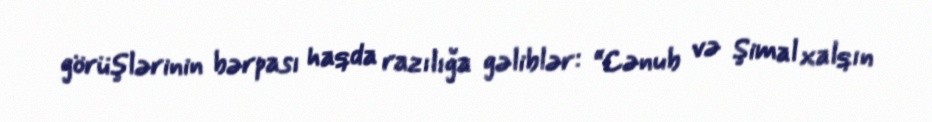
görüşlərinin bərpası haqda razılığa gəliblər: “Cənub və Şimal xalqın